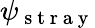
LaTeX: \psi_{\mathrm{~s~t~r~a~y~}}